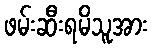
ဖမ်းဆီးရမိသူအား